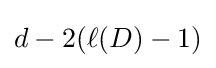
d-2(\ell (D)-1)